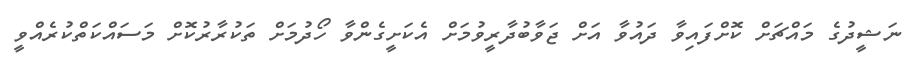
ނަޝީދުގެ މައްޗަށް ކޮށްފައިވާ ދައުވާ އަށް ޖަވާބުދާރީވުމަށް އެކަށީގެންވާ ހޯދުމަށް ތަކުރާރުކޮށް މަސައްކަތްކުރެއްވީ